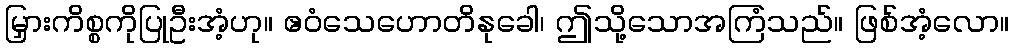
မြှားကိစ္စကိုပြုဦးအံ့ဟု။ ဧဝံသေဟောတိနုခေါ၊ ဤသို့သောအကြံသည်။ ဖြစ်အံ့လော။